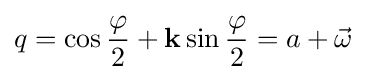
q=\cos {\frac {\varphi }{2}}+\mathbf {k} \sin {\frac {\varphi }{2}}=a+{\vec {\omega }}